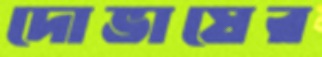
দোভাষের